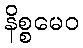
နိစ္စမေဝ